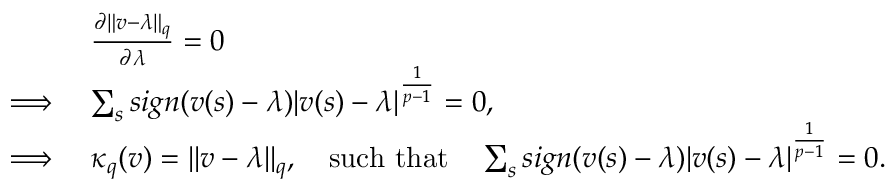
\begin{array} { r l } & { \frac { \partial \lVert v - \lambda \rVert _ { q } } { \partial \lambda } = 0 } \\ { \implies } & { \sum _ { s } s i g n ( v ( s ) - \lambda ) | v ( s ) - \lambda | ^ { \frac { 1 } { p - 1 } } = 0 , } \\ { \implies } & { \kappa _ { q } ( v ) = \lVert v - \lambda \rVert _ { q } , \quad \mathrm { s u c h ~ t h a t } \quad \sum _ { s } s i g n ( v ( s ) - \lambda ) | v ( s ) - \lambda | ^ { \frac { 1 } { p - 1 } } = 0 . } \end{array}